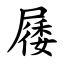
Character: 㞜